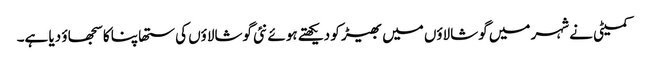
کمیٹی نے شہر میں گوشالاؤں میں بھیڑ کو دیکھتے ہوئے نئی گوشالاؤں کی ستھاپنا کا سجھاؤ دیا ہے۔